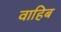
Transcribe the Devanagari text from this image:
वाहिब